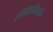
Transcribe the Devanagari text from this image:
ॲन्तिक्विऑर